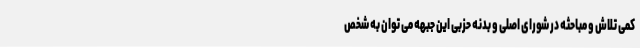
کمی تلاش و مباحثه در شورای اصلی و بدنه حزبی این جبهه می توان به شخص